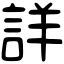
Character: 詳